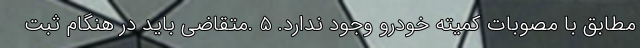
مطابق با مصوبات كميته خودرو وجود ندارد. 5 .متقاضي بايد در هنگام ثبت